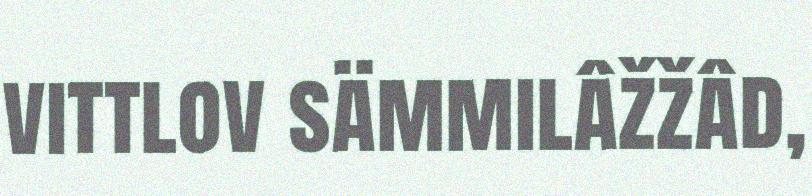
vittlov sämmilâžžâd,